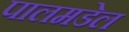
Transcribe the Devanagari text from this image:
पालमडेल